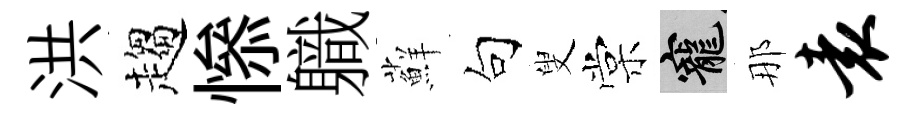
洪趨𢡖軄蘚句叟棠寵那袁